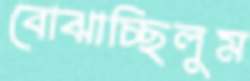
বোঝাচ্ছিলুম